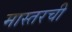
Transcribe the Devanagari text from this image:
मास्तरची